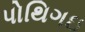
પોથિગઇ